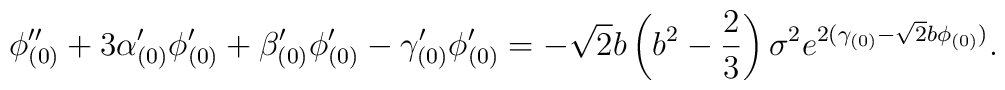
\phi_{(0)}^{\prime\prime}+3\alpha_{(0)}^{\prime}\phi_{(0)}^{\prime}+\beta_{(0)}^{\prime}\phi_{(0)}^{\prime}-\gamma_{(0)}^{\prime}\phi_{(0)}^{\prime}=-\sqrt{2}b\left(b^2-\frac{2}{3}\right)\sigma^2e^{2(\gamma_{(0)}-\sqrt{2}b\phi_{(0)})}.